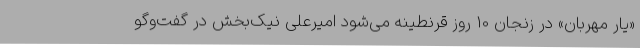
«یار مهربان» در زنجان 10 روز قرنطینه می‌شود امیرعلی نیک‌بخش در گفت‌وگو